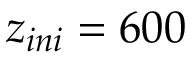
z _ { i n i } = 6 0 0